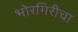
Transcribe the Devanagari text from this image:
भोरगिरीचा